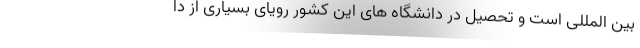
بین المللی است و تحصیل در دانشگاه های این کشور رویای بسیاری از دا